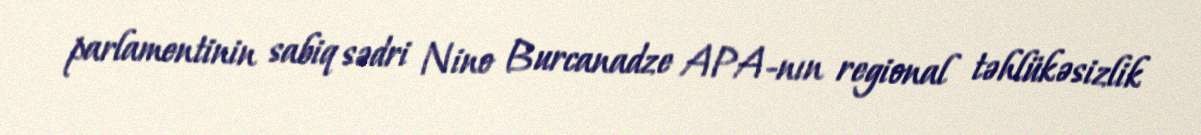
parlamentinin sabiq sədri Nino Burcanadze APA-nın regional təhlükəsizlik